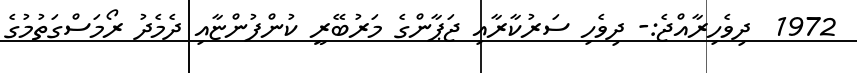
1972  ދިވެހިރާއްޖެ:- ދިވެހި ސަރުކާރާއި ޖަޕާންގެ މަރުބޭރީ ކުންފުންޏާއި ދެމެދު ރޯމަސްގަތުމުގެ